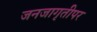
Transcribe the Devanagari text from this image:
जनजागृतीपर